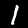
Digit: 1